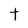
Character: t